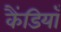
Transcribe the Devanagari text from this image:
कैंडियाँ